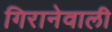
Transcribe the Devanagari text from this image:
गिरानेवाली